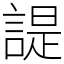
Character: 諟